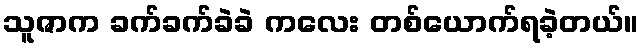
သူဇာက ခက်ခက်ခဲခဲ ကလေး တစ်ယောက်ရခဲ့တယ်။